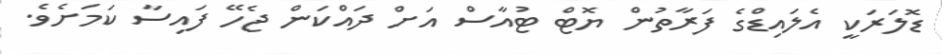
ޑޮލަރަކީ އެލައިޑްގެ ފަރާތުން ޔޮޓް ޓުއާސް އަށް ދައްކަން ޖެހޭ ފައިސާ ކަމަށެވެ.